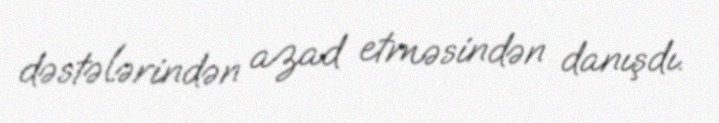
dəstələrindən azad etməsindən danışdı.